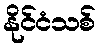
နိုင်ငံသစ်